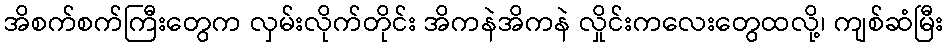
အိစက်စက်ကြီးတွေက လှမ်းလိုက်တိုင်း အိကနဲအိကနဲ လှိုင်းကလေးတွေထလို့၊ ကျစ်ဆံမြီး